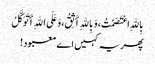
بِاللهِ اعْتَصَمْتُ، وَبِاللهِ أَثِقُ، وَعَلَی اللهِ أَتَوَکَّلُ
پھر یہ کہیں اے معبود!